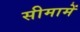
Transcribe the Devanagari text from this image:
सीमामें